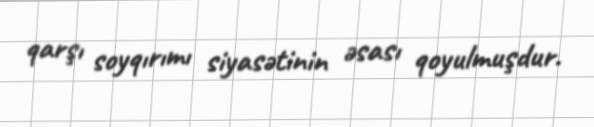
qarşı soyqırımı siyasətinin əsası qoyulmuşdur.